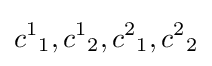
{c^{1}}_{1},{c^{1}}_{2},{c^{2}}_{1},{c^{2}}_{2}